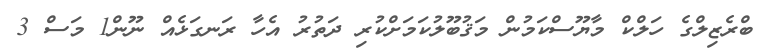
ބްރެޒިލްގެ ހަލްކް މާޔޫސްކަމުން މަޤުބޫލުކަމަށްކުރި ދަތުރު އެހާ ރަނގަޅެއް ނޫން1 މަސް 3